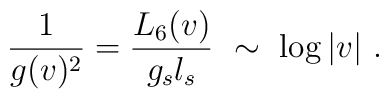
\frac{1}{g(v)^2}=\frac{L_6(v)}{g_s l_s} \ \sim \ \log |v| \ .